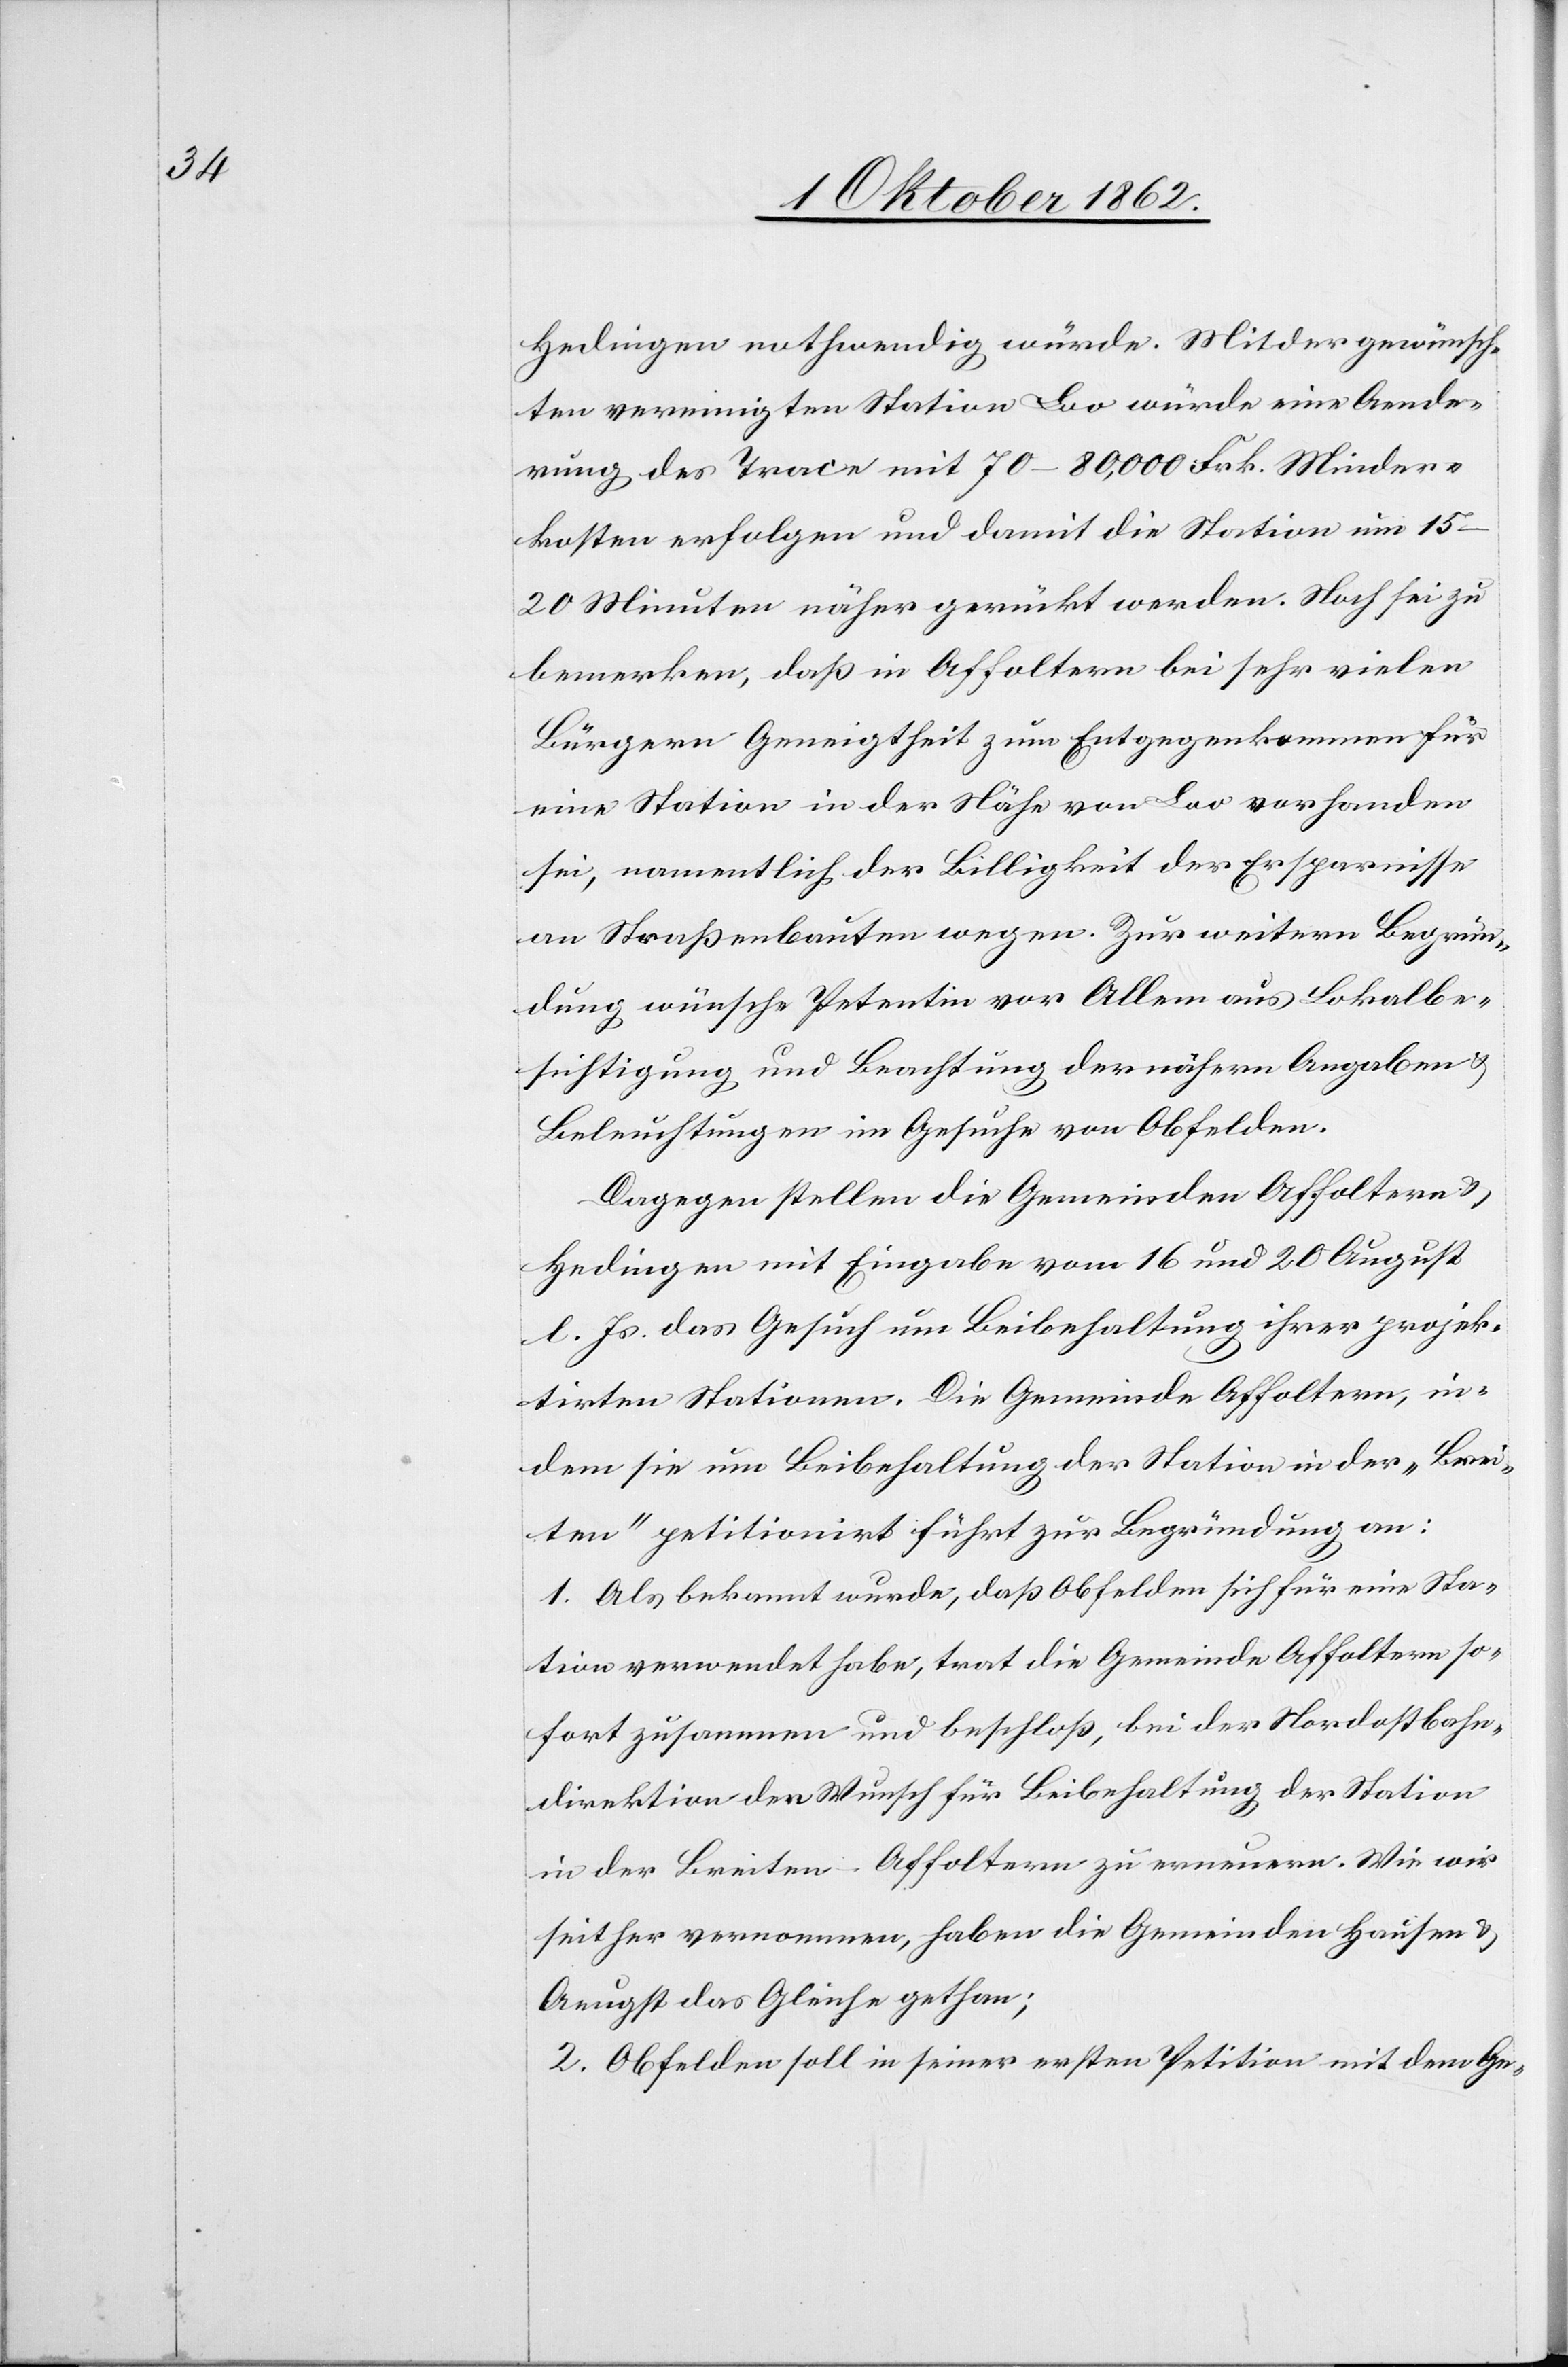
Hedingen nothwendig würde. Mit der gewünsch¬
ten Vereinigten Station Loo würde eine Aende¬
rung des Trace mit 70–80,000 Frk. Minder¬
kosten erfolgen und damit die Station um 15–20
Minuten näher gerückt werden. Noch sei zu
bemerken, daß in Affoltern bei sehr vielen
Bürgern Geneigtheit zum Entgegenkommen für
eine Station in der Nähe von Loo vorhanden
sei, namentlich der Billigkeit der Ersparnisse
an Straßenbauten wegen. Zur weitern Begrün¬
dung wünsche Petentin vor Allem aus Lokalbe¬
sichtigung und Beachtung der nähern Angaben u.
Beleuchtungen im Gesuche von Obfelden.
Dagegen stellen die Gemeinden Affoltern u.
Hedingen mit Eingabe vom 16 und 20. August
l. Js. das Gesuch um Beibehaltung ihrer projek¬
tirten Stationen. Die Gemeinde Affoltern, in¬
dem sie um Beibehaltung der Station in der „Brei¬
ten“ petitionirt führt zur Begründung an:
1. Als bekannt wurde, daß Obfelden sich für eine Sta¬
tion verwendet habe, trat die Gemeinde Affoltern so¬
fort zusammen und beschloß, bei der Nordostbahn¬
direktion den Wunsch für Beibehaltung der Station
in der Breiten-Affoltern zu erneuern. Wie wir
seit her vernommen, haben die Gemeinden Hausen u.
Aeugst das Gleiche gethan;
2. Obfelden soll in seiner ersten Petition mit dem Ge-